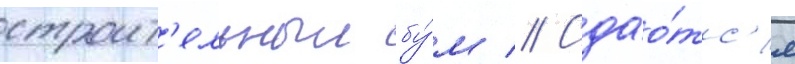
строит'ельныи бу́м // Сдао́тс'я